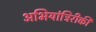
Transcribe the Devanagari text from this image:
अभियांत्रिरीकी